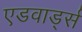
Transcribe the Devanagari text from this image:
एडवार्ड्स